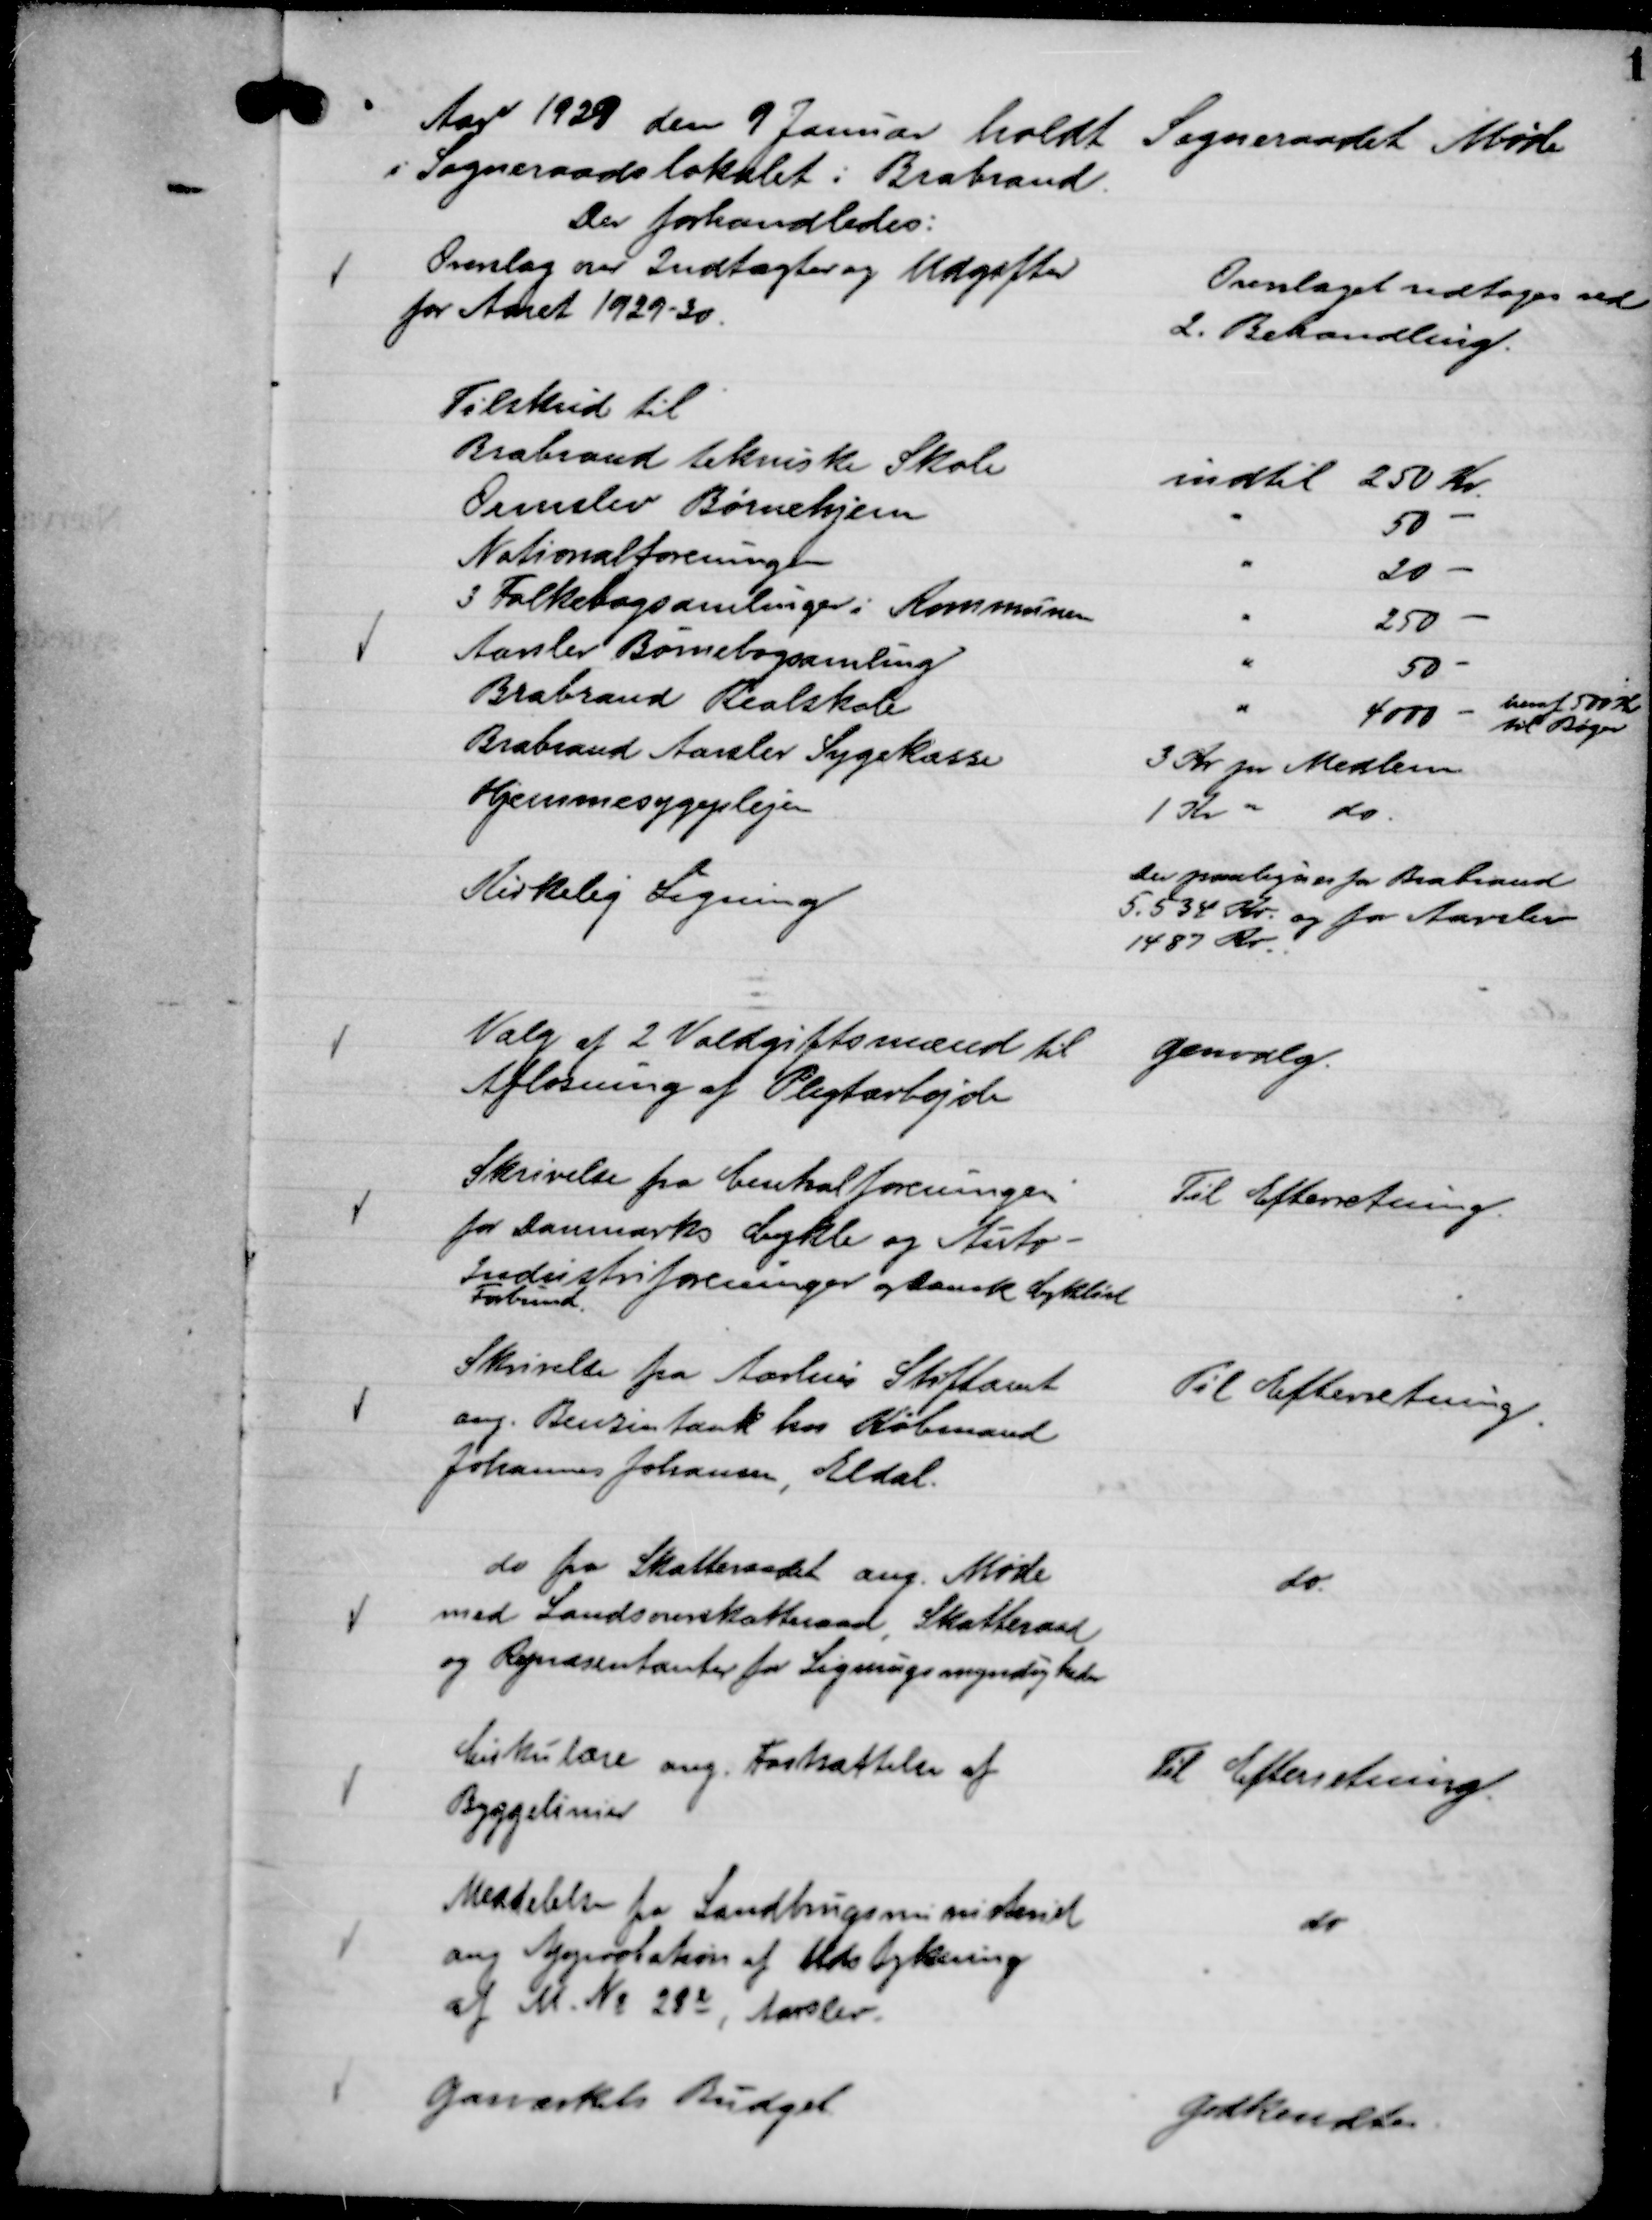
Transskription:
Aar 1929 den 9 Januar holdt Sogneraadet Møde
i Sogneraadslokalet i Brabrand.
Der forhandledes:

Overslag over Indtægter og Udgifter
for Aaret 1929-30.

Overslaget vedtoges ved
2. Behandling.

Tilskud til
Brabrand tekniske Skole
indtil 250 Kr.
Ormslev Børnehjem
"
50 -
Nationalforeningen
"
20 -
3 Folkebogsamlinger i Kommunen
"
250 -
Aarslev Børnebogsamling
"
50 -
Brabrand Realskole
"
4000 -
heraf 500 Kr
til Bøger
Brabrand Aarslev Sygekasse
3 Kr pr Medlem
Hjemmesygeplejen
1 Kr " do

Kirkelig Ligning

Der paalignes for Brabrand
5.534 Kr. og for Aarslev
1487 Kr.

Valg af 2 Voldgiftsmænd til
Afløsning af Pligtarbejde

Genvalg.

Skrivelse fra Centralforeningen
for Danmarks Cykle og Auto-
Industriforeninger og Dansk Cyklist
Forbund.

Til Efterretning.

Skrivelse fra Aarhus Stiftamt
ang. Benzintank hos Købmand
Johannes Johansen, Eldal.

Til Efterretning.

do fra Skatteraadet ang. Møde
med Landsoverskatteraad, Skatteraad
og Repræsentanter for Ligningsmyndigheder

do

Cirkulære ang. Fastsættelse af
Byggelinier

Til Efterretning.

Meddelelse fra Landbrugsministeriet
ang Approbation af Udstykning
af M. No 28 c, Aarslev.

do

Gasværkets Budget

Godkendtes.